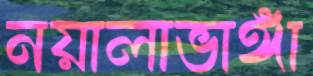
নয়ালাভাঙ্গা